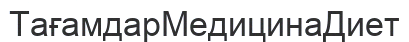
ТағамдарМедицинаДиет